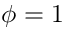
\phi = 1